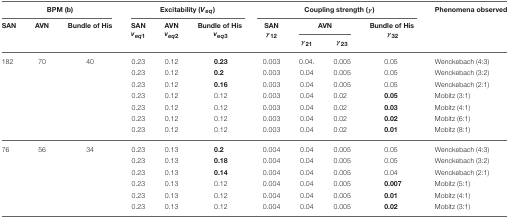
<table><thead><tr><td colspan="3"><b>BPM (b)</b></td><td colspan="3"><b>Excitability (<i>V</i><sub><i>eq</i></sub>)</b></td><td colspan="4"><b>Coupling strength (γ)</b></td><td><b>Phenomena observed</b></td></tr><tr><td><b>SAN</b></td><td><b>AVN</b></td><td><b>Bundle of His</b></td><td><b>SAN <i>v</i><sub><i>eq</i>1</sub></b></td><td><b>AVN <i>v</i><sub><i>eq</i>2</sub></b></td><td><b>Bundle of His <i>v</i><sub><i>eq</i>3</sub></b></td><td><b>SAN γ<sub>12</sub></b></td><td colspan="2"><b>AVN</b></td><td><b>Bundle of His γ<sub>32</sub></b></td><td></td></tr><tr><td></td><td></td><td></td><td></td><td></td><td></td><td></td><td><b>γ<sub>21</sub></b></td><td><b>γ<sub>23</sub></b></td><td></td><td></td></tr></thead><tbody><tr><td>182</td><td>70</td><td>40</td><td>0.23</td><td>0.12</td><td><b>0.23</b></td><td>0.003</td><td>0.04.</td><td>0.005</td><td>0.05</td><td>Wenckebach (4:3)</td></tr><tr><td></td><td></td><td></td><td>0.23</td><td>0.12</td><td><b>0.2</b></td><td>0.003</td><td>0.04</td><td>0.005</td><td>0.05</td><td>Wenckebach (3:2)</td></tr><tr><td></td><td></td><td></td><td>0.23</td><td>0.12</td><td><b>0.16</b></td><td>0.003</td><td>0.04</td><td>0.005</td><td>0.05</td><td>Wenckebach (2:1)</td></tr><tr><td></td><td></td><td></td><td>0.23</td><td>0.12</td><td>0.12</td><td>0.003</td><td>0.04</td><td>0.02</td><td><b>0.05</b></td><td>Mobitz (3:1)</td></tr><tr><td></td><td></td><td></td><td>0.23</td><td>0.12</td><td>0.12</td><td>0.003</td><td>0.04</td><td>0.02</td><td><b>0.03</b></td><td>Mobitz (4:1)</td></tr><tr><td></td><td></td><td></td><td>0.23</td><td>0.12</td><td>0.12</td><td>0.003</td><td>0.04</td><td>0.02</td><td><b>0.02</b></td><td>Mobitz (6:1)</td></tr><tr><td></td><td></td><td></td><td>0.23</td><td>0.12</td><td>0.12</td><td>0.003</td><td>0.04</td><td>0.02</td><td><b>0.01</b></td><td>Mobitz (8:1)</td></tr><tr><td>76</td><td>56</td><td>34</td><td>0.23</td><td>0.13</td><td><b>0.2</b></td><td>0.004</td><td>0.04</td><td>0.005</td><td>0.05</td><td>Wenckebach (4:3)</td></tr><tr><td></td><td></td><td></td><td>0.23</td><td>0.13</td><td><b>0.18</b></td><td>0.004</td><td>0.04</td><td>0.005</td><td>0.05</td><td>Wenckebach (3:2)</td></tr><tr><td></td><td></td><td></td><td>0.23</td><td>0.13</td><td><b>0.14</b></td><td>0.004</td><td>0.04</td><td>0.005</td><td>0.04</td><td>Wenckebach (2:1)</td></tr><tr><td></td><td></td><td></td><td>0.23</td><td>0.13</td><td>0.12</td><td>0.004</td><td>0.04</td><td>0.005</td><td><b>0.007</b></td><td>Mobitz (5:1)</td></tr><tr><td></td><td></td><td></td><td>0.23</td><td>0.13</td><td>0.12</td><td>0.004</td><td>0.04</td><td>0.005</td><td><b>0.01</b></td><td>Mobitz (4:1)</td></tr><tr><td></td><td></td><td></td><td>0.23</td><td>0.13</td><td>0.12</td><td>0.004</td><td>0.04</td><td>0.005</td><td><b>0.02</b></td><td>Mobitz (3:1)</td></tr></tbody></table>